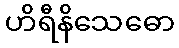
ဟိရီနိသေဓော